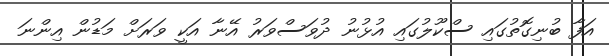
އަފާ ބުނިގޮތުގައި ސްކޫލުގައި އުޅުނު ދުވަސްވަރު އޭނާ އަކީ ވަރަށް މަޑުން އިންނަ